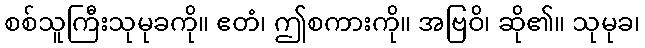
စစ်သူကြီးသုမုခကို။ ဧတံ၊ ဤစကားကို။ အဗြဝိ၊ ဆို၏။ သုမုခ၊